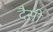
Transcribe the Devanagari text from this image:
दैसी